Scientific memoirs by medical officers of the Army of India - Part X,
Year: 1897
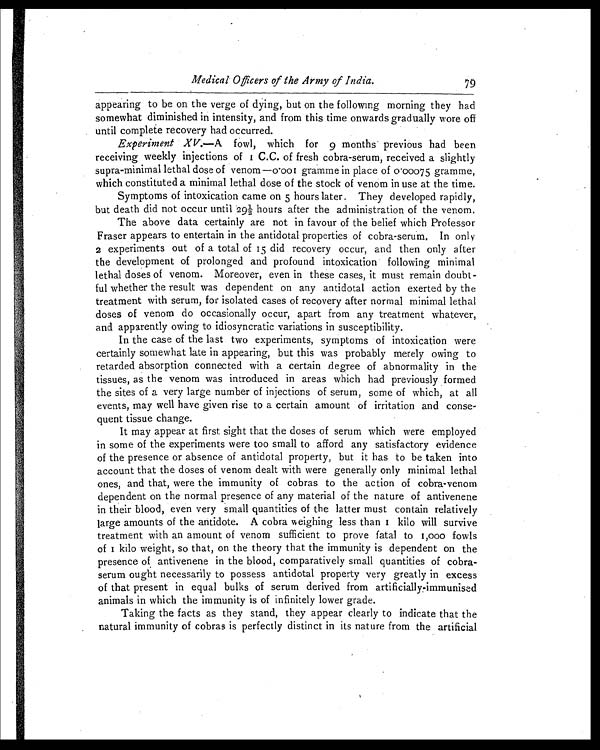
Medical Officers of the Army of India.
7 9
appearing to be on the verge of dying, but on the following morning they had
somewhat diminished in intensity, and from this time onwards gradually wore off
until complete recovery had occurred.
Experiment XV.—A fowl, which for 9 months previous had been
receiving weekly injections of 1 C. C. of fresh cobra-serum, received a slightly
supra-minimal lethal dose of venom—0.001 gramme in place of 0.00075 gramme,
which constituted a minimal lethal dose of the stock of venom in use at the time.
Symptoms of intoxication came on 5 hours later. They developed rapidly,
but death di d not occur unti l 29½ hours after the admi ni strati on of the venom.
The above data certainly are not in favour of the belief which Professor
Fraser appears to entertain in the antidotal properties of cobra-serum. In onl y
2 experiments out of a total of 15 did recovery occur, and then only after
the development of prolonged and profound intoxication following minimal
lethal doses of venom. Moreover, even in these cases, it must remain doubt-
ful whether the result was dependent on any antidotal action exerted by the
treatment with serum, for isolated cases of recovery after normal minimal lethal
doses of venom do occasionally occur, apart from any treatment whatever,
and apparently owing to idiosyncratic variations in susceptibility.
In the case of the last two experiments, symptoms of intoxication were
certainly somewhat late in appearing, but this was probably merely owing to
retarded absorption connected with a certain .degree of abnormality in the
tissues, as the venom was introduced in areas which had previously formed
the sites of a very large number of injections of serum, some of which, at all
events, may well have given rise to a certain amount of irritation and conse-
quent tissue change.
It may appear at first sight that the doses of serum which were employed
in some of the experiments were too small to afford any satisfactory evidence
of the presence or absence of antidotal property, but it has to be taken into
account that the doses of venom dealt with were generally only minimal lethal
ones, and that, were the immunity of cobras to the action of cobra-venom
dependent on the normal presence of any material of the nature of antivenene
in their blood, even very small quantities of the latter must contain relatively
large amounts of the antidote. A cobra weighing less than 1 kilo will survive
treatment with an amount of venom sufficient to prove fatal to 1,000 fowls
o f 1 k i l o w e i g h t , s o t h a t , o n t h e t h e o r y t h a t t h e i m m u n i t y i s d e p e n d e n t o n t h e
presence of antivenene in the blood, comparatively small quantities of cobra-
serum ought necessarily to possess antidotal property very greatly in excess
of that present in equal bulks of serum derived from artificially-immunised
animals in which the immunity is of infinitely lower grade.
Taking the facts as they stand, they appear clearly to indicate that the
natural immunity of cobras is perfectly distinct in its nature from the artificial